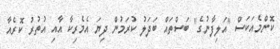
ކޮންމެއަކަސް "އަލިފާނުގެ" ބަސްތައް ބަދަލު ކުރަމުން ދިޔަ އެމެރިކާ އާއި އުތުރު ކޮރެއާ